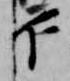
下